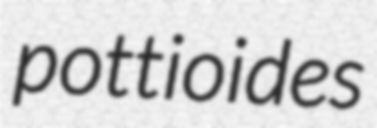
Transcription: pottioides